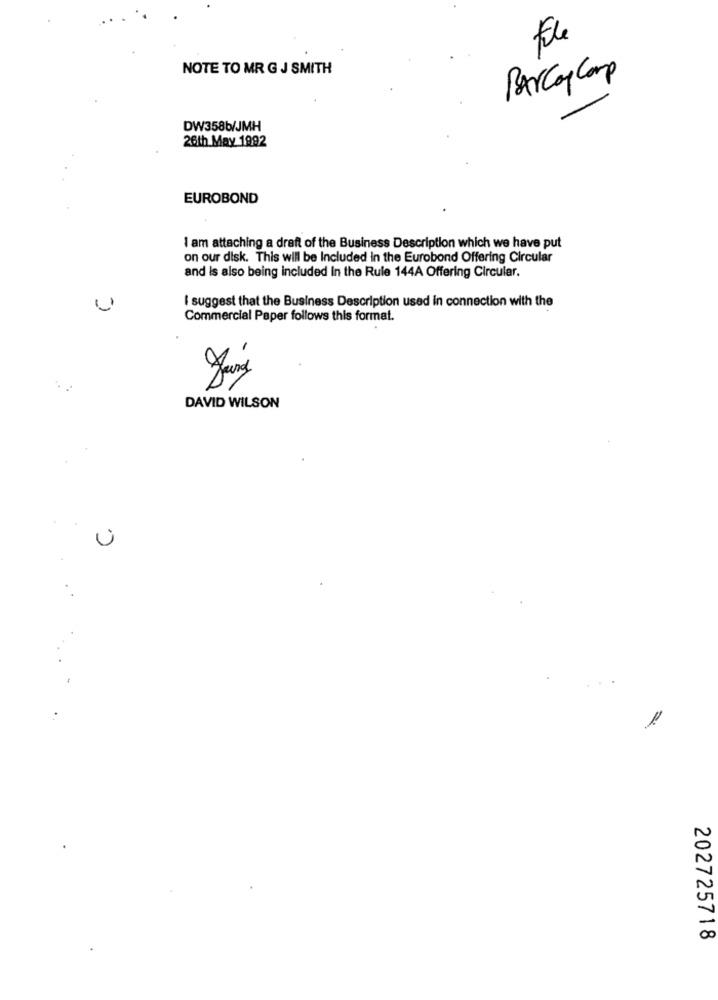
Fle
NOTE TO MR G J SMITH
PARCay Corp
DW3586/JMH
26th May 1992
EUROBOND
I am attaching a draft of the Business Description which we have put
on our disk. This will be Included in the Eurobond Offering Circular
and is also being included In the Rule 144A Offering Circular.
I suggest that the Business Description used in connection with the
Commercial Paper follows this format.
DAVID WILSON
C.
202725718